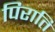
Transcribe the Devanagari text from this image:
पिराति